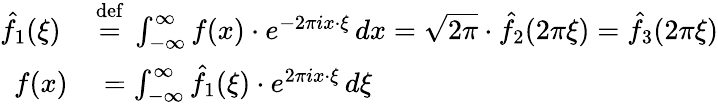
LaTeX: \begin{array}{rl}{{\hat{f}}_{1}(\xi)\ }&{{}{\stackrel{\mathrm{def}}{=}}\ \int_{-\infty}^{\infty}f(x)\cdot e^{-2\pi ix\cdot\xi}\, dx={\sqrt{2\pi}}\cdot{\hat{f}}_{2}(2\pi\xi)={\hat{f}}_{3}(2\pi\xi)}\\ {f(x)}&{{}=\int_{-\infty}^{\infty}{\hat{f}}_{1}(\xi)\cdot e^{2\pi ix\cdot\xi}\, d\xi}\end{array}